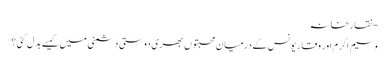
- نقارخانہ
وسیم اکرم اور وقار یونس کے درمیان محبتوں بھری دوستی دشمنی میں کیسے بدل گئی؟